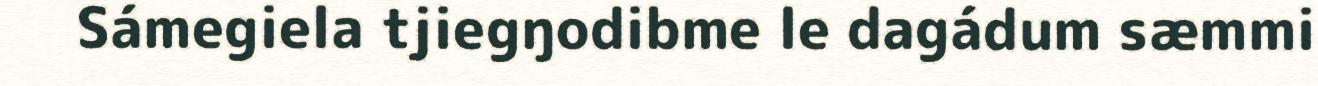
Sámegiela tjiegŋodibme le dagádum sæmmi